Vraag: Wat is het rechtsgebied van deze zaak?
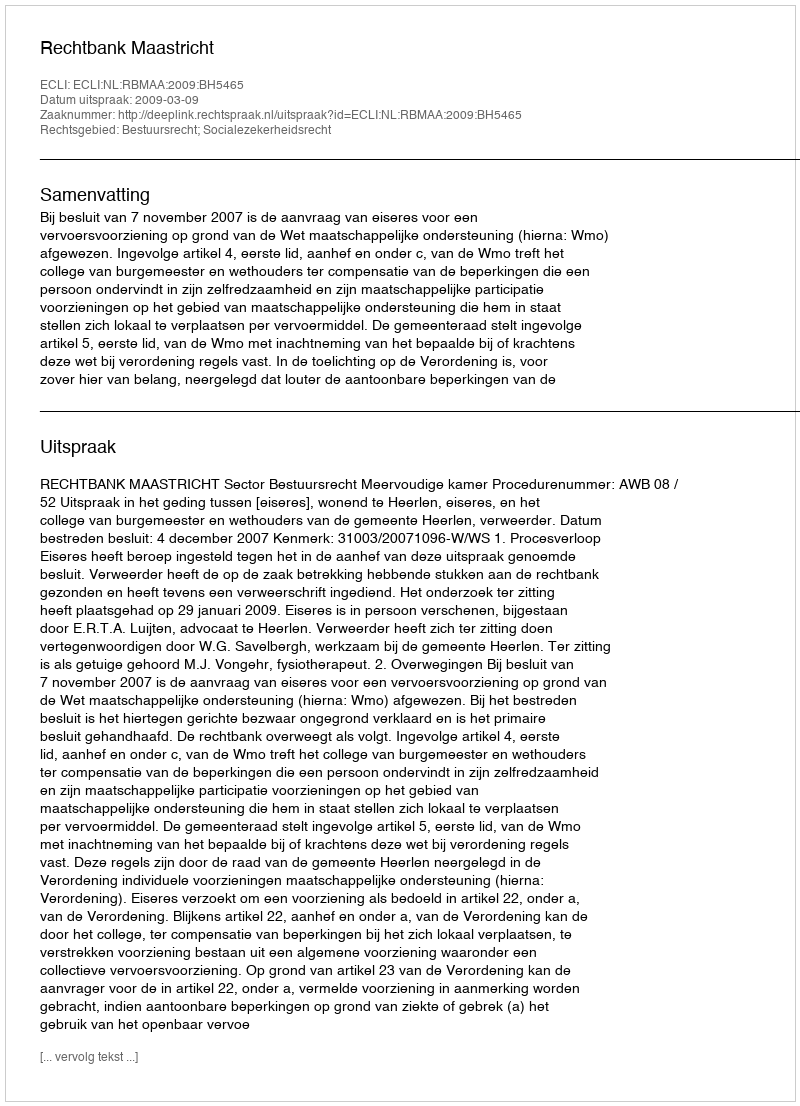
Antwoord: Bestuursrecht; Socialezekerheidsrecht